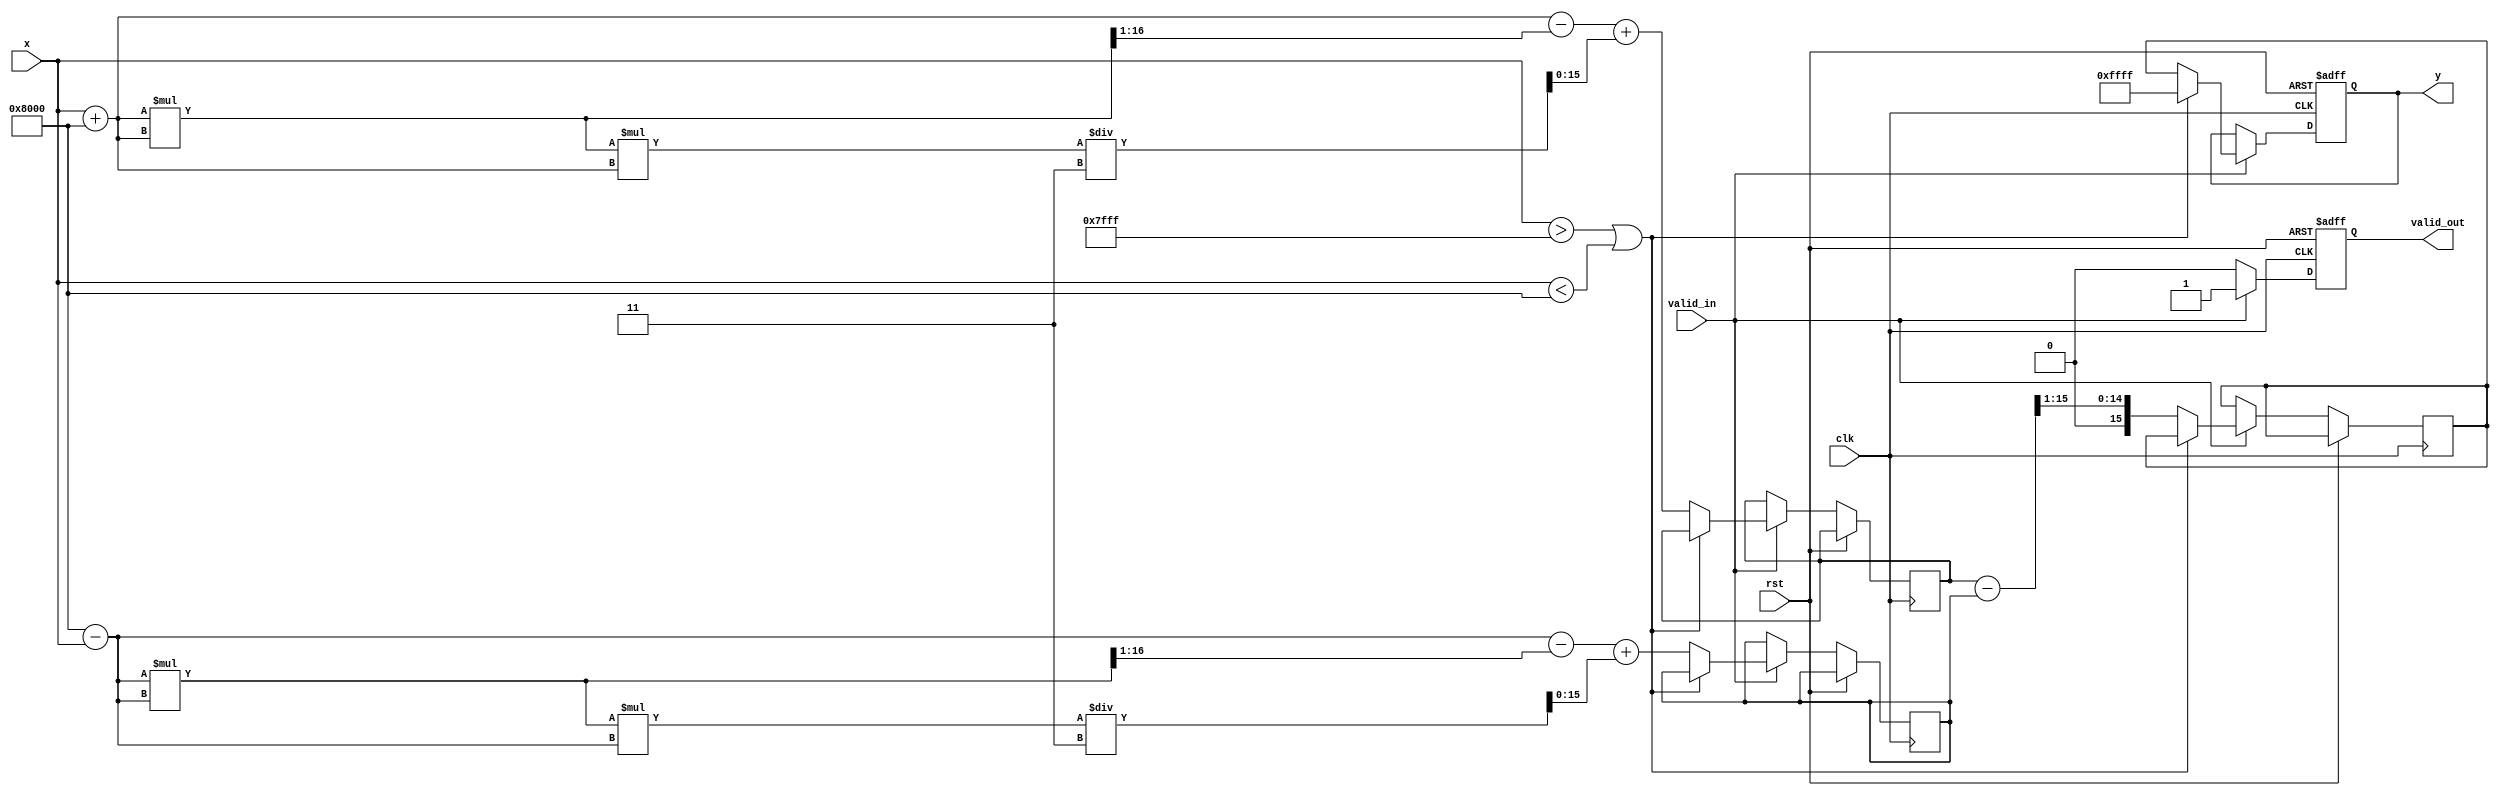
module atanh (
    input wire clk,
    input wire rst,
    input wire valid_in,
    input wire [15:0] x, // Fixed-point input (16 bits, range -1 to 1)
    output reg valid_out,
    output reg [15:0] y // Fixed-point output
);

    // Internal signals
    reg [15:0] x_reg;
    reg [15:0] ln_num; // Numerator for logarithm
    reg [15:0] ln_den; // Denominator for logarithm
    reg [15:0] ln_result; // Result of logarithm
    reg [15:0] atanh_result; // Final atanh result

    // Constants for fixed-point representation
    localparam FIXED_POINT_FRACTIONAL_BITS = 15; // 1 sign bit + 15 fractional bits
    localparam MAX_INPUT = 16'h7FFF; // 1 in fixed-point
    localparam MIN_INPUT = 16'h8000; // -1 in fixed-point
    localparam NaN = 16'hFFFF; // NaN representation

    // Polynomial approximation for ln(1+x) and ln(1-x)
    function [15:0] ln_approx(input [15:0] value);
        begin
            // Simple polynomial approximation: ln(1+x)  x - x^2/2 + x^3/3
            ln_approx = value - (value * value >> 1) + (value * value * value / 3);
        end
    endfunction

    // Main computation
    always @(posedge clk or posedge rst) begin
        if (rst) begin
            valid_out <= 0;
            y <= 0;
        end else if (valid_in) begin
            // Range checking
            if (x > MAX_INPUT || x < MIN_INPUT) begin
                y <= NaN; // Return NaN for out-of-range inputs
                valid_out <= 1;
            end else begin
                // Compute ln(1+x) and ln(1-x)
                ln_num <= ln_approx(x + 16'h8000); // x + 1 in fixed-point
                ln_den <= ln_approx(16'h8000 - x); // 1 - x in fixed-point

                // Compute atanh(x) = 0.5 * ln((1+x)/(1-x))
                atanh_result <= (ln_num - ln_den) >> 1; // Divide by 2
                y <= atanh_result;
                valid_out <= 1;
            end
        end else begin
            valid_out <= 0; // No valid output if input is not valid
        end
    end

endmodule